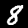
Digit: 8